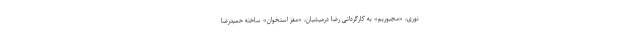
نوری، «مجبوریم» به کارگردانی رضا درمیشیان، «مغز استخوان» ساخته حمیدرضا